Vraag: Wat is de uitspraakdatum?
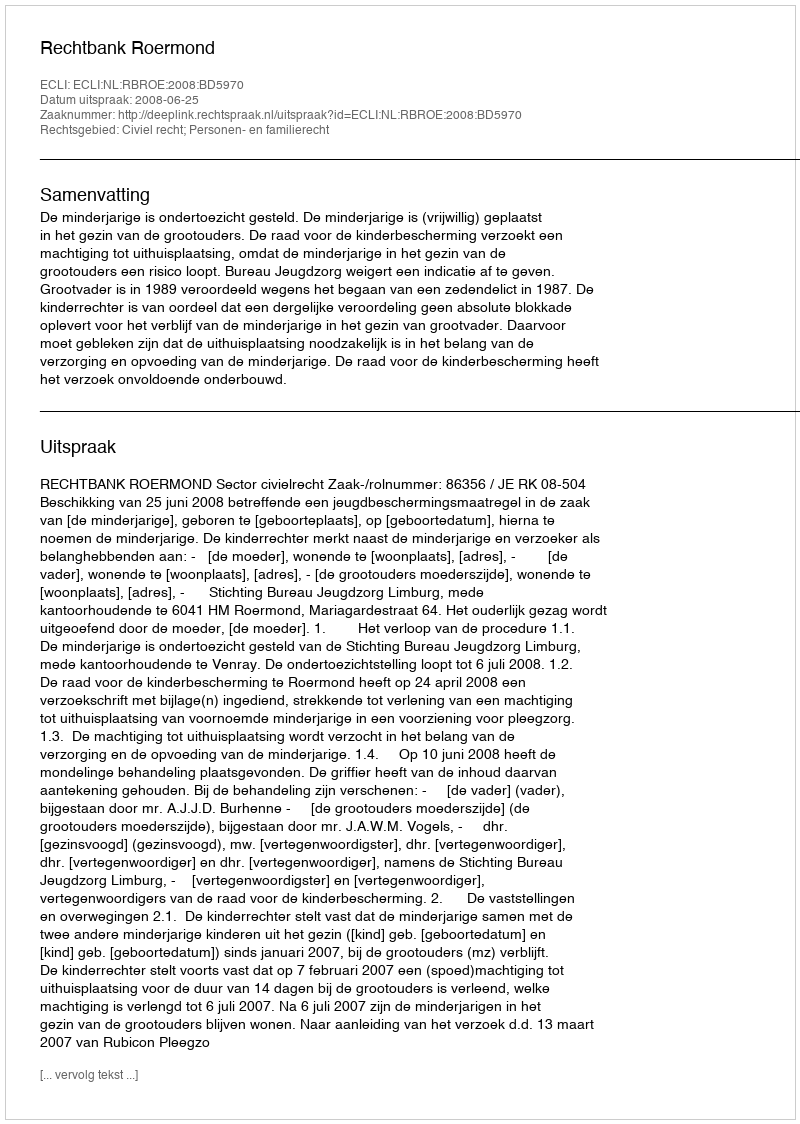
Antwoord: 2008-06-25